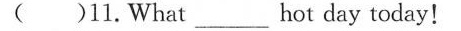
( )11.What ___ hot day today!